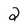
Character: 2